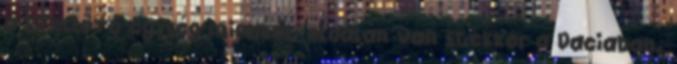
a szellőző egység mindkét oldalán van stekker a Daciaban.